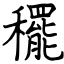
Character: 䆉